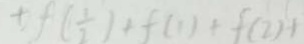
\pm f ( \frac { 1 } { 2 } ) + f ( 1 ) + f ( 2 ) +